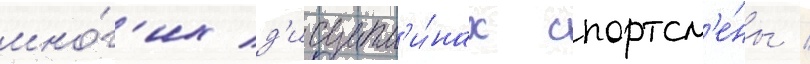
мно́г'их д'исципл'и́нах спортсм'е́ны /